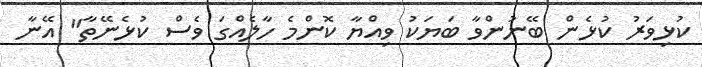
ކުޅިވަރު ކުޅެން ބޭނުންވާ ބަޔަކު ވިއްޔާ ކޮންމެ ހާލެއްގަ ވެސް ކުޅެނޭތާ" އޭނާ